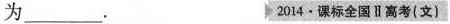
为___. 2014·课标全国Ⅱ高考(文)